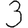
Digit: 3